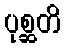
ပုစ္ဆတိ